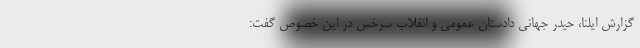
گزارش ایلنا، حیدر جهانی دادستان عمومی و انقلاب سرخس در این خصوص گفت: